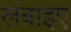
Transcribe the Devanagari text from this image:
लंबाइए